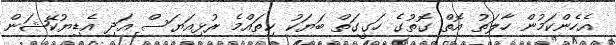
އެހެންކަމުން ހާލަތު އޮތް ގޮތުގެ ހަގީގަތް ބަޔަކު ކިތައްމެ ރުޅިއަޔަސް އަދި އެޑިޔުކޭޝަން